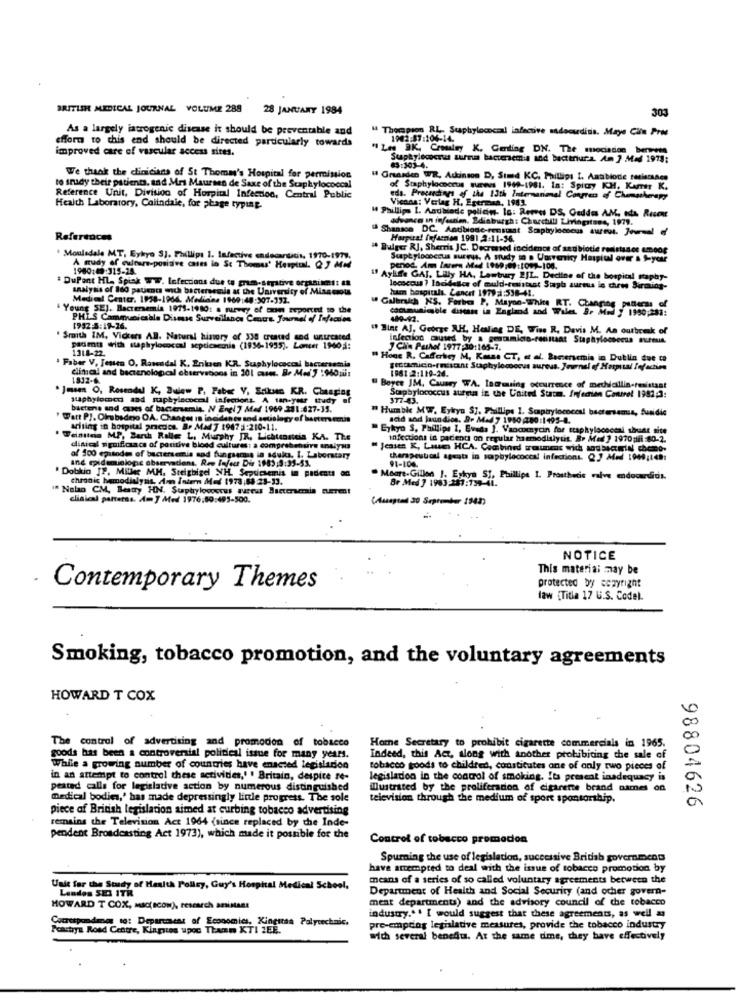
BRITISH MEDICAL JOURNAL VOLUME 288 28 JANUARY 1984
303
As a largely iatrogenic disease it should be preventable and
" Thompson RL, Staphylococol infective sadocuditis. Maye Clin Pros
effort to chis end should be directed particularly towards
1902:57:104-14.
improved care of vascular access sites.
" Les BK, Crosley K. Cenling DN. The mociadon bermens
Staphylococrus surma bacteremia and bacterura Am ] Med 1973:
63:303-4.
We thank the clinicians of St Thomas's Hospital for permission
H Omasden WR, Adunton D, Sind KC. Phillips I. Andbiode resistance
to study their patients, and Mrs Maursen de Saxe of the Staphylocoocal
Staphylocherus news 1969-1981. In: Spicy KH. Kamer K.
Reference Unit, Division of Hospital Infection, Central Public
Vicons: Verlag H, Egerman, 1982.
eda. Proceedings of the 13th Internanimal Congren of Chemotherapy
Health Laboratory, Colindaie, for phage typing.
" Phillips I. Andbiode policin. Is: Rewew DS, Geddes AM, eda Rucex
advance in infounien, Edinburgh: Churchill Livingstone, 1979.
References
Horpira! Infacmen 1991 2:11-36.
" Bulger RJ, Sherris JC. Decreased incidence of set biotie resistance amoor
Mouladale MT, Eykyo S). Phillips 1. Infective endocarditis, 1970-1977.
uptylococcus sureus, A sudy in a Unsrenicy Hospital over & S-year
1980:49:315-28.
A mudy of culture-positive cases in St Thomas' Hospital. Q7 MM
period. Am Intern Med 1989;09:1097-100.
# DuPant HL- Spick WWW. Infections due to gram-sepitive organisent:
if Aylife GAI. Lilly HA, Lowtuary 2JL. Decline of the hospital staphy-
analysis of 160 patients wnch bactersemia at the University of Misscots
lococcus ? ladideses of muld-tuistant Stagh aureus is chew Birming-
humm hospitals. Lancet 1979 a:538-41.
Medical Center. 1938-1964. Media'na 1969:48:307-332.
& Young SE). Bactersemia 1975-1980: a survey of taan reported to the
" Galbraich NS. Forbes P, Mayon-White RT.
liable disan ia England and Wales. 3. M. , 1990;251:
PHIS Cammusicsala Dismuss Surveillance Centre, Journal of Infection
489-92.
1952 5:19-26.
" Bine AJ, George AH, Healing DE, Wise R. Davis M. An outbreak of
" Smith IM, Vidters AB. Natural history of 338 created and unurcared
Infection aused by a genomico-retinaat Staphylococcus murmus.
padmts with staphylococoal septicemia (1996-1955). Lancer 19401:
1318-22.
J Clin Parket 1977:30:165-7.
. Faber V. Jensen O. Ratendal K. Enkuen KR. Suphylococcal bacterasmia
" Hone R. Cafferbry M, Kas CT, et al. Bactersemia in Dublin due ta
dimaal and becienological observations in 201 case. B. Med'7 :940wir
1961 2:119-26.
1832-6.
Jmsen O, Rossodel K, Bulew P, Faber Y, Scikun KR. Chaging
Boyce JM, Cauary WA. Incrmusing occurrence of mechicillin-resistant
staphylococci and maphylococcal isfections. A tan.your ttudy af
Staphylococcus aureus in the United Stacm. Infection Control 1981,3:
37743.
bactere and cues of bactersemin. N Engl ? Med 1969 281:627-35.
" Humble MF, Eykya $]. Phillips 1. Scaptrylococesi bactersemis, Suadie
Tatt PJ. Olrubsdejo DA. Changes in inciden es and setiology of bacter emis
acid and jaun dios. Dr Med y 1980 80:1495-1.
arising in hospital pracdes. B. MadJ 1947 3:210-11.
"Eykyo S, Phillips 1, Eveda ]. Vancomycin for staphylococeal shunt site
Weinttes MP, Barth Ralle L. Murphy JR, Lichtcosteia KA. The
infections is pacienti on regular hemodialytit. Bp Medl ? 1970siii :80-2.
disical significance of positive blood cultures: a comprehensive analysis
Jeases K, Lausen HCA. Combined waunent wich sodbsatin chemno.
and epidemiologie observations. Raw Infect Dis 1983:5:35-53.
af 500 episodes of bactersemis and fungsemis la sduks, I. Laboratory
therapeuticll agenta in scpbylococcal infections. Q.) Med 1949;teh:
91-100.
"Dobkin JF, Miller MM. Steigbigel NH Sepdcremis in padcati 00
nic hemodialysis. An Intern Med 1973:08 :23-33.
Moore-Gillen J. Eykys ST, Phillipe 1. Prosthesis valve endocarditis.
Br Med 7 1983:257:139-41.
1 Nolan CM, Beatry HN. Staphylococcus aureus Bacterseria FLETen!
clinical patterns. Am J Med 1976:00:495-500.
NOTICE
This material may be
Contemporary Themes
protected by copyright
law {Title 17 U.S. Codel.
Smoking, tobacco promotion, and the voluntary agreements
HOWARD T COX
The control of advertising and promodon of tobacco
Home Secretary to prohibit cigarette commercials in 1965.
goods has been a controversial political issue for many years.
Indeed, this Act, along with another prohibiting the sale of
While a growing number of countries have enacted legislacion
tobacco goods to children, constitutes one of only two pieces of
in an attempt to control these activities,' ' Britain, despite re-
legisladon in the control of smoking, Its present inadequacy is
peated calls for legisladve action by numerous distinguished
illustrated by the proliferation of cigarette brand names on
medical bodies,' has made depressingly little progress. The sole
television through the medium of sport sponsorship.
piece of British legislation aimed at curbing tobacco advertising
98804626
remains the Television Act 1964 (since replaced by the Inde-
pendent Broadcasting Act 1973), which made it possible for the
Control of tobacco promadon
Spurning the use of legislation, successive British government
have attempted to deal with the issue of tobacco promotion by
means of a series of so called voluntary agreements between the
Unit for the Study of Health Policy, Guy's Hospital Medical School,
Department of Health and Social Security (and ocher govern-
Landes SES ITR
ment departments) and the advisory council of the tobacco
HOWARD T COX, Mac(ICON), research assistant
Correspondeogs to: Department of Economics, Kingitas Polytechnic.
industry .. . I would suggest that these agreements, as well =
Peachya Road Centre, Kiagutes upoc Thamm KTI JEE.
pre-empdog legislative measures, provide the tobacco industry
with several benefits. At the same dme, they have effectively